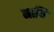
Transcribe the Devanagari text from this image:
माथि